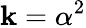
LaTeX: \mathbf{k}=\alpha^{2}